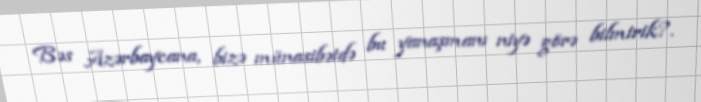
Bəs Azərbaycana, bizə münasibətdə bu yanaşmanı niyə görə bilmirik?.